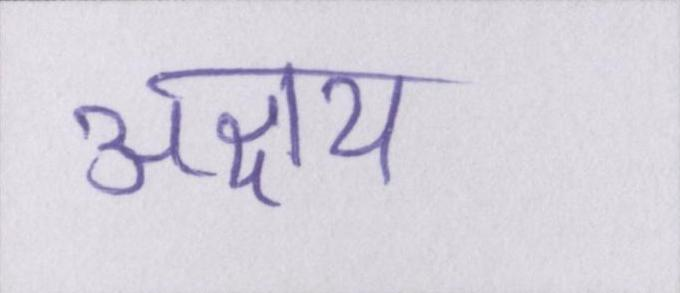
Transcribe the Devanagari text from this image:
अक्षय